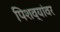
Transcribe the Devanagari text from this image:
पिशव्यांवर